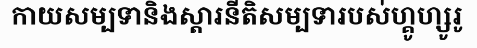
កាយសម្បទានិងស្តារនីតិសម្បទារបស់ហ្គូហ្សូរូ